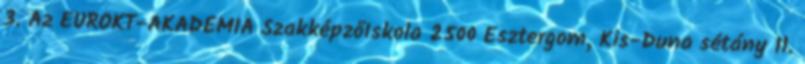
3. Az EUROKT-AKADÉMIA SzakképzőIskola 2500 Esztergom, Kis-Duna sétány 11.